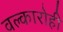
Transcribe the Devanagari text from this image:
वल्कारोही